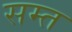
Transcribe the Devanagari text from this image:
सम्त